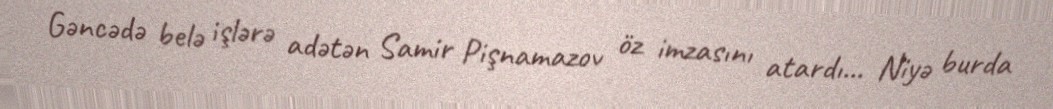
Gəncədə belə işlərə adətən Samir Pişnamazov öz imzasını atardı... Niyə burda